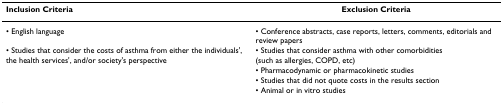
| Inclusion Criteria | Exclusion Criteria |
 | --- | --- |
 | • English language | • Conference abstracts, case reports, letters, comments, editorials and review papers |
 | • Studies that consider the costs of asthma from either the individuals', the health services', and/or society's perspective | • Studies that consider asthma with other comorbidities (such as allergies, COPD, etc) |
 |  | • Pharmacodynamic or pharmacokinetic studies |
 |  | • Studies that did not quote costs in the results section |
 |  | • Animal or in vitro studies |